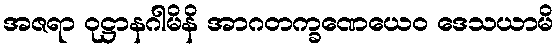
အဇရာ ဝုဋ္ဌာနဂါမိနိ အာဂတက္ခဏေယေဝ ဒေသယာမိ